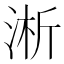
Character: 淅